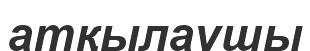
атқылаушы